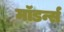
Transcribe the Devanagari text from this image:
मॉडर्न्स